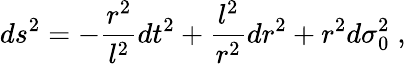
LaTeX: ds^{2}=-\frac{r^{2}}{l^{2}}dt^{2}+\frac{l^{2}}{r^{2}}dr^{2}+r^{2}d\sigma_{0}^{2}\; ,